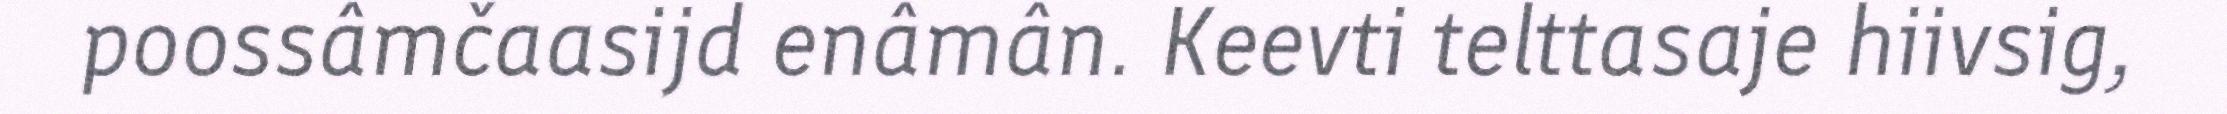
poossâmčaasijd enâmân. Keevti telttasaje hiivsig,